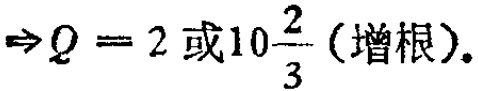
$\Rightarrow Q = 2\text{ 或}10\frac{2}{3}\text{ (增根)}.$